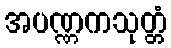
အပဏ္ဏကသုတ္တံ